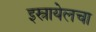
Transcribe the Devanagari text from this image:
इस्रायेलचा